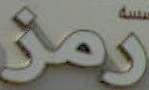
رمز